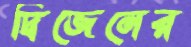
দ্বিজেনের